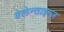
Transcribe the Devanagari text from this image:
वेलेन्ताइन्ज़